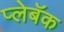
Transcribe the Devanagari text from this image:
प्लेबॅक